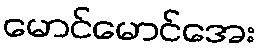
မောင်မောင်အေး